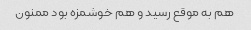
هم به موقع رسید و هم خوشمزه بود ممنون